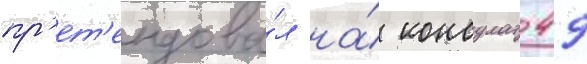
пр'ет'ендова́л на́ консулат 49